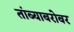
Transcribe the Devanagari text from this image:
तांब्याबरोबर